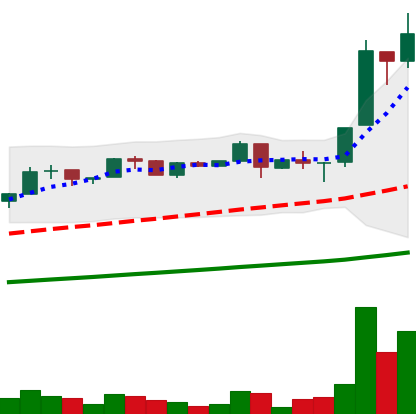
Ticker: LTC-USD
Chart end date: 2017-06-19
Forward return: -11.584%
Label: down_7plus